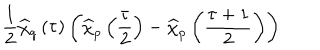
\frac { 1 } { 2 } \widehat { \chi } _ { q } \left( \tau \right) \left( \widehat { \chi } _ { p } \left( \frac { \tau } { 2 } \right) - \widehat { \chi } _ { p } \left( \frac { \tau + 1 } { 2 } \right) \right)